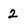
Character: 2